Annual statistical returns and brief notes on vaccination in Bengal - 1909-1929
Year: 1909
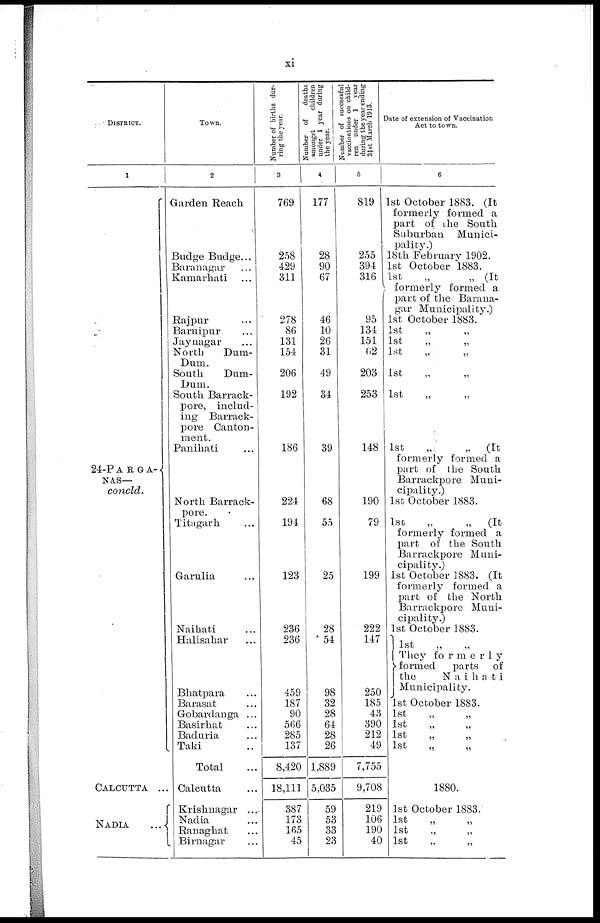
xi
DISTRICT.
1
24-PARGA¬
NAS—
concld.
CALCUTTA ...
NADIA ...
Town.
2
Garden Reach
Budge Budge...
Baranagar ...
Kamarhati ...
Rajpur ...
Baruipur ...
Jaynagar ...
North
Dum-
Dum.
South
Dum-
Dum.
South Barrack¬
pore, includ-
ing Barrack-
pore Canton-
ment.
Panihati ...
North Barrack-
pore.
Titagarh ...
Garulia ...
Naihati ...
Halisahar ...
Bhatpara ...
Barasat ...
Gobardanga ...
Basirhat ...
Baduria ...
Taki ...
Total ...
Calcutta ...
Krishnagar ...
Nadia ...
Ranaghat ...
Birnagar ...
Number of births dur-
ring the year.
3
769
258
429
311
278
86
131
154
206
192
186
224
194
123
236
236
459
187
90
566
285
137
8,420
18,111
387
173
165
45
Number of
deaths
amongst
children
under 1 year during
the year.
4
177
28
90
67
46
10
26
311
49
34
39
68
55
25
28
54
98
32
28
64
28
26
1,889
5,035
59
53
33
23
Number of successful
vaccinations on child-
ren under 1 year
during the year ending
31st March 1913.
5
819
255
394
316
95
134
151
62
203
253
148
190
79
199
222
147
250
185
43
390
212
49
7,755
9,708
219
106
190
40
Date of extension of Vaccination
Act to town.
6
1st October 1883. (It
formerly formed a
part of the South
Suburban Munici-
pality.)
18th February 1902.
1st October 1883.
1st
„
„ (It
formerly formed a
part of the Barana-
gar Municipality.)
1st October 1883.
1st „ „
1st
„
„
1st „ „
1st
„
„
1st „ „
1st
„
„ (It
formerly formed a
part of the South
Barrackpore Muni-
cipality.)
1st October 1883.
1st
„
„
(It
formerly formed a
part of the South
Barrackpore Muni-
cipality.)
1st October 1883. (It
formerly formed a
part of the North
Barrackpore Muni-
cipality.)
1st October 1883.
1st „ „
They for mer1y
formed
parts of
the
Naihati
Municipality.
1st October 1883.
1st
„
„
1st „ „
1st
„ „
1st
„
„
1880.
1st October 1883.
1st „ „
1st „ „
1st „ „